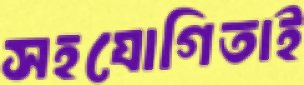
সহযোগিতাই